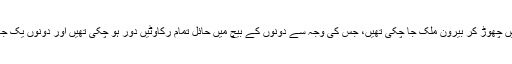
اس وقت سنجے دت کی اہلیہ رچا شرما انہیں چھوڑ کر بیرون ملک جا چکی تھیں، جس کی وجہ سے دونوں کے بیچ میں حائل تمام رکاوٹیں دور ہو چکی تھیں اور دونوں یک جان دو قالب کا منظر پیش کرنے لگے تھے۔